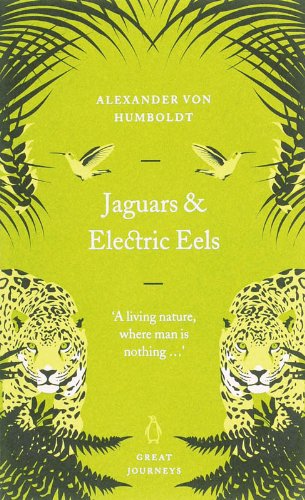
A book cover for Great Journeys Jaguars and Electric Eels (Penguin Great Journeys); Mumboldt Alexander Von; Travel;